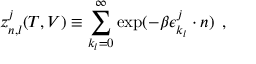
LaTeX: z _ { n , l } ^ { j } ( T , V ) \equiv \sum _ { k _ { l } = 0 } ^ { \infty } \exp ( - \beta \epsilon _ { k _ { l } } ^ { j } \cdot n ) \: \: ,